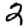
Digit: 2